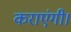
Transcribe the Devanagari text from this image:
कराएंगी।